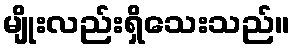
မျိုးလည်းရှိသေးသည်။